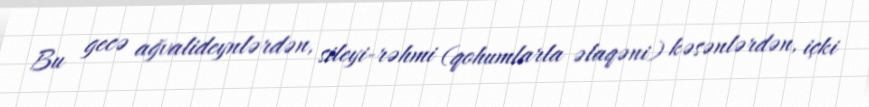
Bu gecə ağvalideynlərdən, sileyi-rəhmi (qohumlarla əlaqəni) kəsənlərdən, içki